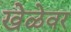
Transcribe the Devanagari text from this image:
खेळेवर